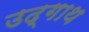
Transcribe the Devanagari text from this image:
उद्गाथ